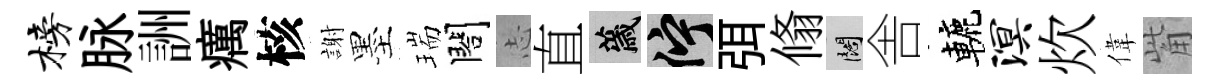
榜脉詶癘核謝墨瑞閤𢖽直薉伫弭翛闊舎轆溟炊偉觜